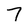
Character: 7